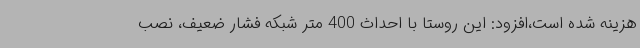
هزینه شده است،افزود: این روستا با احداث 400 متر شبکه فشار ضعیف، نصب